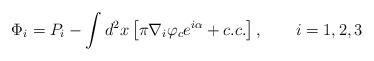
LaTeX: \begin{align*}\Phi_i=P_i-\int d^2x\left[ \pi\nabla_i\varphi_c e^{i\alpha}+c.c.\right], \qquad i=1,2,3\end{align*}